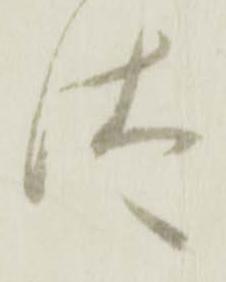
汰